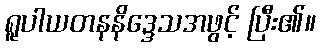
ရူပါယတနနိဒ္ဒေသအဖွင့် ပြီး၏။